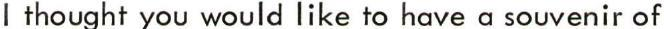
I thought you would like to have a souvenir of